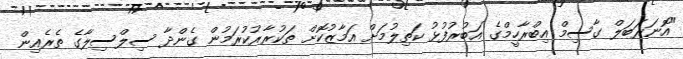
"އޮނަރަބަލް ގާސިމް އިބްރާހީމްގެ އަބުރުފުޅު ކަތިލުމަށް އަމާޒުކޮށް ތަކުރާރުކުރަމުން ގެންދާ ސިލްސިލާގެ ތެރެއިން